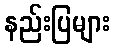
နည်းပြများ